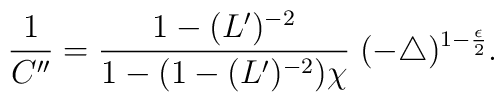
\frac{1}{C^{\prime\prime}}=   \frac{1-(L^{\prime})^{-2}}   {1-\bigl(1-(L^{\prime})^{-2}\bigr)\chi}\;   (-\bigtriangleup)^{1-\frac{\epsilon}{2}}.